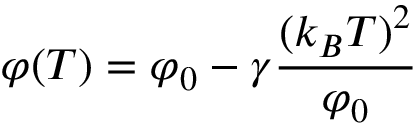
\varphi ( T ) = \varphi _ { 0 } - \gamma { \frac { ( k _ { B } T ) ^ { 2 } } { \varphi _ { 0 } } }